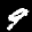
Label: 9